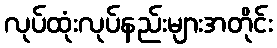
လုပ်ထုံးလုပ်နည်းများအတိုင်း